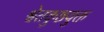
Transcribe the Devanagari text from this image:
श्वेतकुष्ठयुक्त